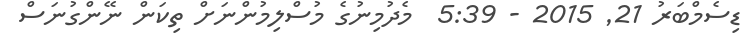
ޑިސެމްބަރު 21